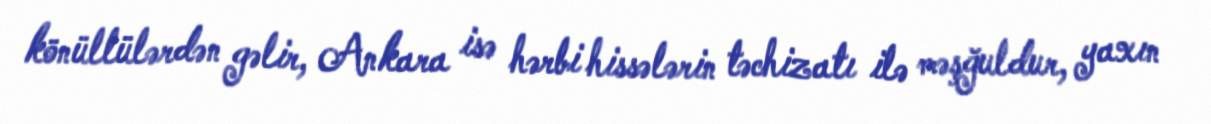
könüllülərdən gəlir, Ankara isə hərbi hissələrin təchizatı ilə məşğuldur, yaxın